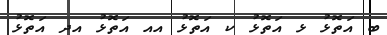
ބ އަތޮޅު ޅ އަތޮޅު ކ އަތޮޅު އއ އަތޮޅު އދ އަތޮޅު